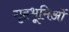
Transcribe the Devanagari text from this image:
गृहभूमिओं